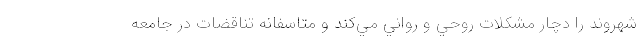
شهروند را دچار مشكلات روحي و رواني مي‌كند و متاسفانه تناقضات در جامعه